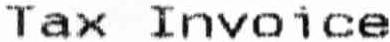
TAX INVOICE